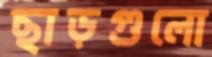
ছাড়গুলো